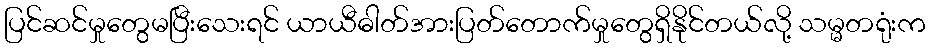
ပြင်ဆင်မှုတွေမပြီးသေးရင် ယာယီဓါတ်အားပြတ်တောက်မှုတွေရှိနိုင်တယ်လို့ သမ္မတရုံးက